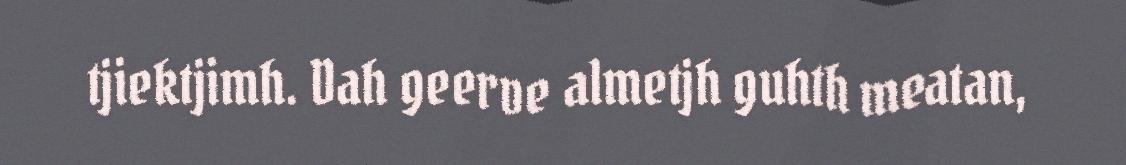
tjiektjimh. Dah geerve almetjh guhth meatan,